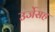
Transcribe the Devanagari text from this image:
उर्जेसह